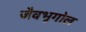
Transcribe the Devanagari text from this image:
जैवभूगोल